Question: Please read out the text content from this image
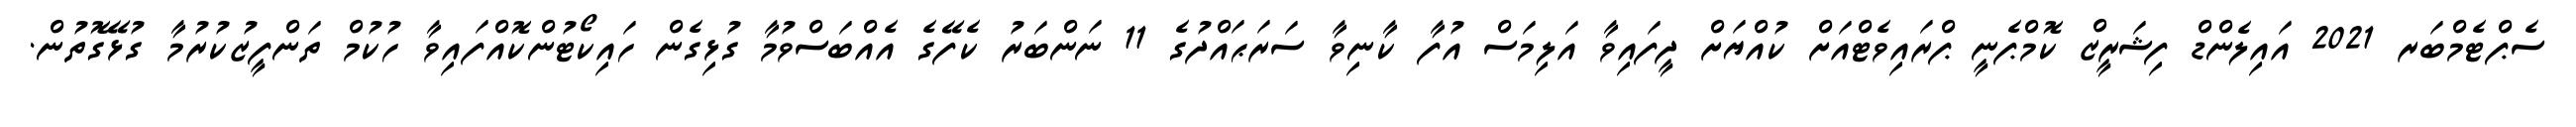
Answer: ސެޕްޓެމްބަރ 2021 އައިލެންޑް ފިޝަރީޒް ކޮމްޕެނީ ޕްރައިވެޓްއަށް ކުއްޔަށް ދީފައިވާ އަލިމަސް އުފާ ކާނިވާ ސަރަޙައްދުގެ 11 ނަންބަރު ކެފޭގެ އެއްބަސްވުމާ ގުޅިގެން ހައިކޯޓުންކޮއްފައިވާ ހުކުމް ތަންފީޒުކުރުމާ ގުޅޭގޮތުން.